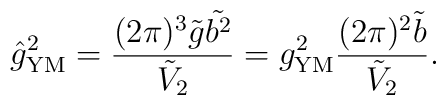
\hat{g}^2_{\rm YM}=\frac{(2\pi)^3\tilde{g}\tilde{b^2}}{\tilde{V}_2}         =g^2_{\rm YM}\frac{(2\pi)^2\tilde{b}}{\tilde{V}_2}.